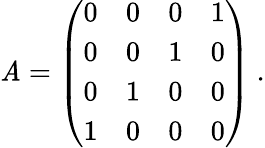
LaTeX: \mathit{A}=\left(\begin{array}{llll}{{0}}&{{0}}&{{0}}&{{1}}\\ {{0}}&{{0}}&{{1}}&{{0}}\\ {{0}}&{{1}}&{{0}}&{{0}}\\ {{1}}&{{0}}&{{0}}&{{0}}\end{array}\right)\ .